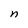
Character: n